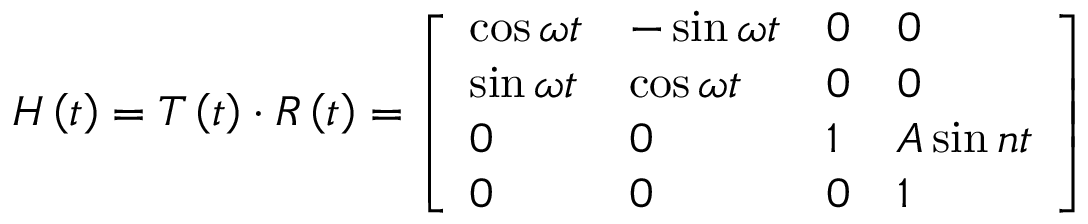
H \left( t \right) = T \left( t \right) \cdot R \left( t \right) = \left[ \begin{array} { l l l l } { \cos \omega t } & { - \sin \omega t } & { 0 } & { 0 } \\ { \sin \omega t } & { \cos \omega t } & { 0 } & { 0 } \\ { 0 } & { 0 } & { 1 } & { A \sin n t } \\ { 0 } & { 0 } & { 0 } & { 1 } \end{array} \right]